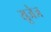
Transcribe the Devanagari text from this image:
यूजेज